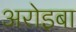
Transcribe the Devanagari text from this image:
अरोइबा